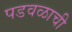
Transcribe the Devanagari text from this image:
पडवळाची